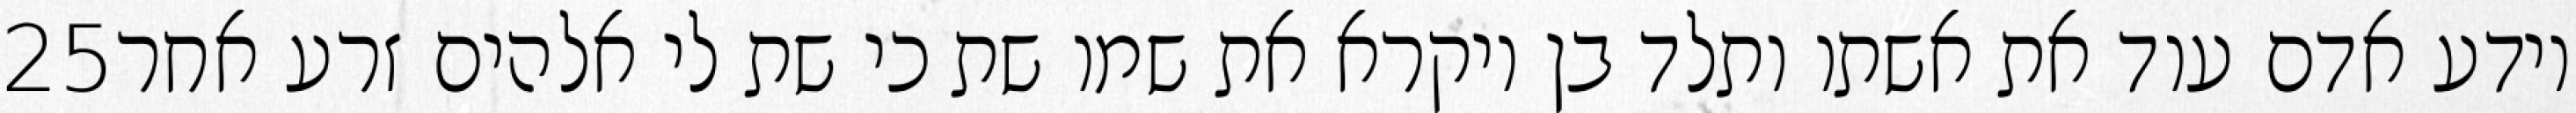
‎25‏ וידע אדם עוד את אשתו ותלד בן ויקרא את שמו שת כי שת לי אלהים זרע אחר